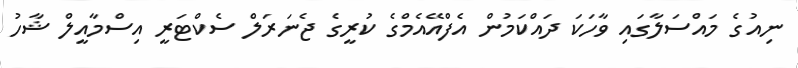
ނިއުގެ މައްސަލާގައި ވާހަކަ ދައްކަމުން އެފްއޭއެމްގެ ކުރީގެ ޖެނަރަލް ސެކްޓަރީ އިސްމާއީލް ޝާހު